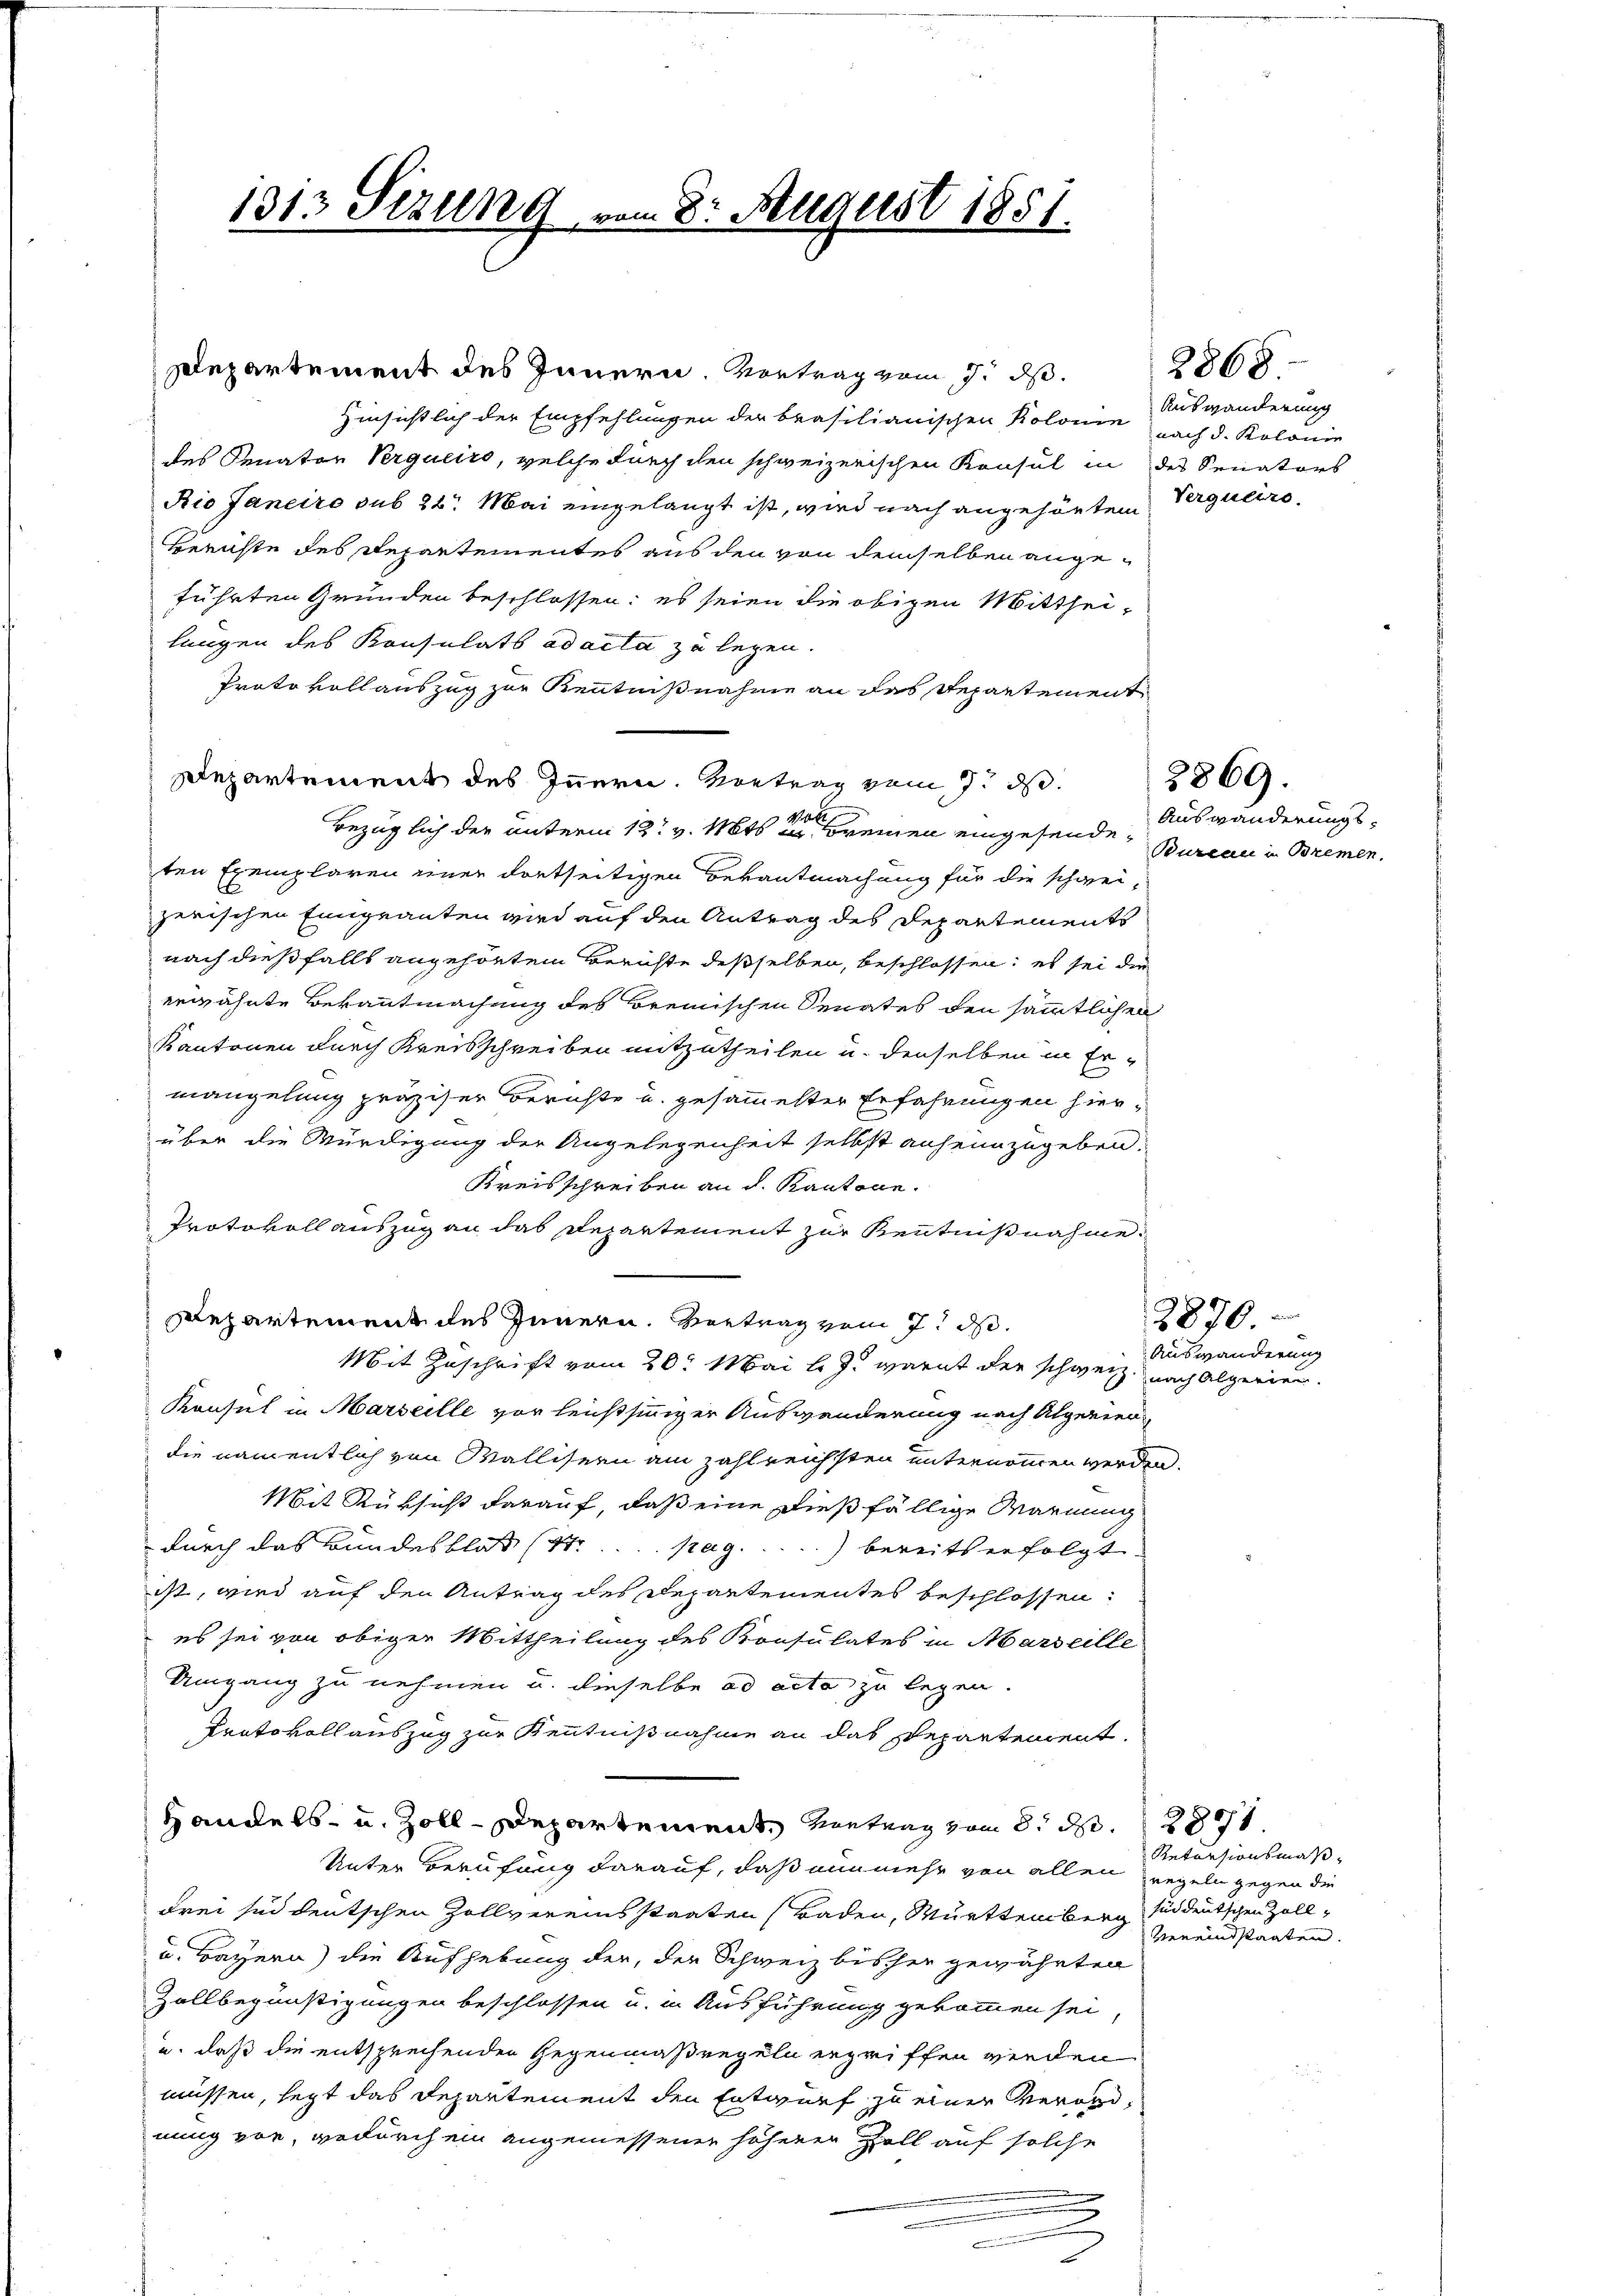
1313 Sezung vom 8. August 1851.

Departement des Innern. Vortrag vom 7. ds.
Hinsichtlich der Empfehlungen der brasilianischen Kolonin nach d. Kolonie
des Senator Verqueiro, welche durch den schweizerischen Konsul in des Senators
Rio Janeiro sub 22. Mai eingelangt ist, wird nach angehörten Vergucire
Berichte des Departementes aus den von demselben angeführten Gründen beschlossen; es seien die obigen Mittheilungen des Konsulats ad acta zu legen.
Protokollauszug zur Kenntnißnahme an des Departement
Departement des Innern. Vortrag vom 7. d.
Wat
bezüglich der unterm 12t v. Mts. in Brennen eingesendeten Exemplaren einer dortseitigen Bekanntmachung für die schwei-
zerischen Einigeanten wird auf den Antrag des Departements
nach dießfalls angehörtem Berichte desselben, beschlossen: es sei die
erwähnte Bekanntmachung des Bremischen Senates den sämmtlichen
Kantonen durch Kreisschreiben mitzutheilen u. denselben in Er-
mangelung präziser Berichte u. gesammester Erfahrungen hierüber die Würdigung der Angelegenheit selbst anheimzugeben.
Kreisschreiben an d. Kantone.
Protokoll auszug an das Departement zur Kenntnißnahme.
Departement des Innern. Vertrag vom 7. ds.
Mit Zuschrift vom 20. Mai l. J. warnt der schweiz.
Konsul in Marseille vor leichtsinniger Auswanderung nach Alperien
die namentlich von Wallisern am Zahlreichsten unternommen werden.
Mit Rüksicht darauf, daß eine dießfällige Warnung
durch das Bundesblat (11..... pag.  ..  ...) bereits erfolgt
ist, wird auf den Antrag des Departementes beschlossen:
es sei von obiger Mittheilung des Konsulates in Marseille
Umgang zu nehmen u. dieselbe ad acta zu legen.
Protokoll auszug zur Kenntnißnahme an das Departement.
Handels- u. Zoll-Departement Vertrag vom 8. d. 281
Unter Berufung darauf, daß nunmehr von allen regeln gegen die
drei sed deutschen Zollvereins staaten (Baden, Württemberg und deutschen Zoll¬
u. Bayern) die Aufhebung der, der Schweiz bisher gewährten
Zollbegünstigungen beschlossen u. in Ausführung gekommen sei,
u. daß die entsprechenden Gegenmaßregeln ergriffen werden
müssen, legt das Departement den Entwurf zu einer Verordnung vor, wodurch ein angemessenen höherer Zoll auf solche
.

d

2868
Auswanderung

2869.

Auswanderungs¬
Bureau u Bremen,

2876
Auswanderung
nach Algerien.

Retorsionsmäß¬
Vereindstaaten.